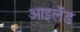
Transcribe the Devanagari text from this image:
आइलॅंड